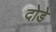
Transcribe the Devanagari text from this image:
दोडे